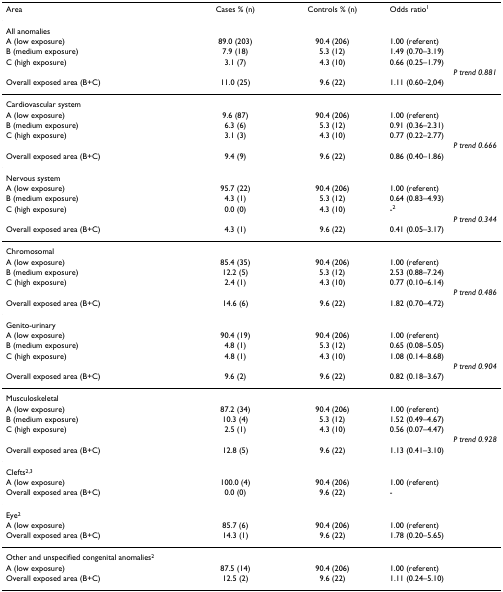
<table><thead><tr><td><b>Area</b></td><td><b>Cases % (n)</b></td><td><b>Controls % (n)</b></td><td><b>Odds ratio<sup>1</sup></b></td></tr></thead><tbody><tr><td>All anomalies</td><td></td><td></td><td></td></tr><tr><td>A (low exposure)</td><td>89.0 (203)</td><td>90.4 (206)</td><td>1.00 (referent)</td></tr><tr><td>B (medium exposure)</td><td>7.9 (18)</td><td>5.3 (12)</td><td>1.49 (0.70–3.19)</td></tr><tr><td>C (high exposure)</td><td>3.1 (7)</td><td>4.3 (10)</td><td>0.66 (0.25–1.79)</td></tr><tr><td></td><td></td><td></td><td><i>P trend 0.881</i></td></tr><tr><td>Overall exposed area (B+C)</td><td>11.0 (25)</td><td>9.6 (22)</td><td>1.11 (0.60–2,04)</td></tr><tr><td colspan="4">Cardiovascular system</td></tr><tr><td>A (low exposure)</td><td>9.6 (87)</td><td>90.4 (206)</td><td>1.00 (referent)</td></tr><tr><td>B (medium exposure)</td><td>6.3 (6)</td><td>5.3 (12)</td><td>0.91 (0.36–2.31)</td></tr><tr><td>C (high exposure)</td><td>3.1 (3)</td><td>4.3 (10)</td><td>0.77 (0.22–2.77)</td></tr><tr><td></td><td></td><td></td><td><i>P trend 0.666</i></td></tr><tr><td>Overall exposed area (B+C)</td><td>9.4 (9)</td><td>9.6 (22)</td><td>0.86 (0.40–1.86)</td></tr><tr><td colspan="4">Nervous system</td></tr><tr><td>A (low exposure)</td><td>95.7 (22)</td><td>90.4 (206)</td><td>1.00 (referent)</td></tr><tr><td>B (medium exposure)</td><td>4.3 (1)</td><td>5.3 (12)</td><td>0.64 (0.83–4.93)</td></tr><tr><td>C (high exposure)</td><td>0.0 (0)</td><td>4.3 (10)</td><td>-<sup>2</sup></td></tr><tr><td></td><td></td><td></td><td><i>P trend 0.344</i></td></tr><tr><td>Overall exposed area (B+C)</td><td>4.3 (1)</td><td>9.6 (22)</td><td>0.41 (0.05–3.17)</td></tr><tr><td colspan="4">Chromosomal</td></tr><tr><td>A (low exposure)</td><td>85.4 (35)</td><td>90.4 (206)</td><td>1.00 (referent)</td></tr><tr><td>B (medium exposure)</td><td>12.2 (5)</td><td>5.3 (12)</td><td>2.53 (0.88–7.24)</td></tr><tr><td>C (high exposure)</td><td>2.4 (1)</td><td>4.3 (10)</td><td>0.77 (0.10–6.14)</td></tr><tr><td></td><td></td><td></td><td><i>P trend 0.486</i></td></tr><tr><td>Overall exposed area (B+C)</td><td>14.6 (6)</td><td>9.6 (22)</td><td>1.82 (0.70–4.72)</td></tr><tr><td colspan="4">Genito-urinary</td></tr><tr><td>A (low exposure)</td><td>90.4 (19)</td><td>90.4 (206)</td><td>1.00 (referent)</td></tr><tr><td>B (medium exposure)</td><td>4.8 (1)</td><td>5.3 (12)</td><td>0.65 (0.08–5.05)</td></tr><tr><td>C (high exposure)</td><td>4.8 (1)</td><td>4.3 (10)</td><td>1.08 (0.14–8.68)</td></tr><tr><td></td><td></td><td></td><td><i>P trend 0.904</i></td></tr><tr><td>Overall exposed area (B+C)</td><td>9.6 (2)</td><td>9.6 (22)</td><td>0.82 (0.18–3.67)</td></tr><tr><td colspan="4">Musculoskeletal</td></tr><tr><td>A (low exposure)</td><td>87.2 (34)</td><td>90.4 (206)</td><td>1.00 (referent)</td></tr><tr><td>B (medium exposure)</td><td>10.3 (4)</td><td>5.3 (12)</td><td>1.52 (0.49–4.67)</td></tr><tr><td>C (high exposure)</td><td>2.5 (1)</td><td>4.3 (10)</td><td>0.56 (0.07–4.47)</td></tr><tr><td></td><td></td><td></td><td><i>P trend 0.928</i></td></tr><tr><td>Overall exposed area (B+C)</td><td>12.8 (5)</td><td>9.6 (22)</td><td>1.13 (0.41–3.10)</td></tr><tr><td colspan="4">Clefts<sup>2,3</sup></td></tr><tr><td>A (low exposure)</td><td>100.0 (4)</td><td>90.4 (206)</td><td>1.00 (referent)</td></tr><tr><td>Overall exposed area (B+C)</td><td>0.0 (0)</td><td>9.6 (22)</td><td>-</td></tr><tr><td colspan="4">Eye<sup>2</sup></td></tr><tr><td>A (low exposure)</td><td>85.7 (6)</td><td>90.4 (206)</td><td>1.00 (referent)</td></tr><tr><td>Overall exposed area (B+C)</td><td>14.3 (1)</td><td>9.6 (22)</td><td>1.78 (0.20–5.65)</td></tr><tr><td colspan="4">Other and unspecified congenital anomalies<sup>2</sup></td></tr><tr><td>A (low exposure)</td><td>87.5 (14)</td><td>90.4 (206)</td><td>1.00 (referent)</td></tr><tr><td>Overall exposed area (B+C)</td><td>12.5 (2)</td><td>9.6 (22)</td><td>1.11 (0.24–5.10)</td></tr></tbody></table>